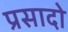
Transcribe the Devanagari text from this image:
प्रसादो